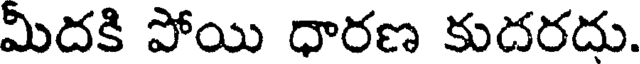
మిదకి పోయి ధారణ కుదరదు.